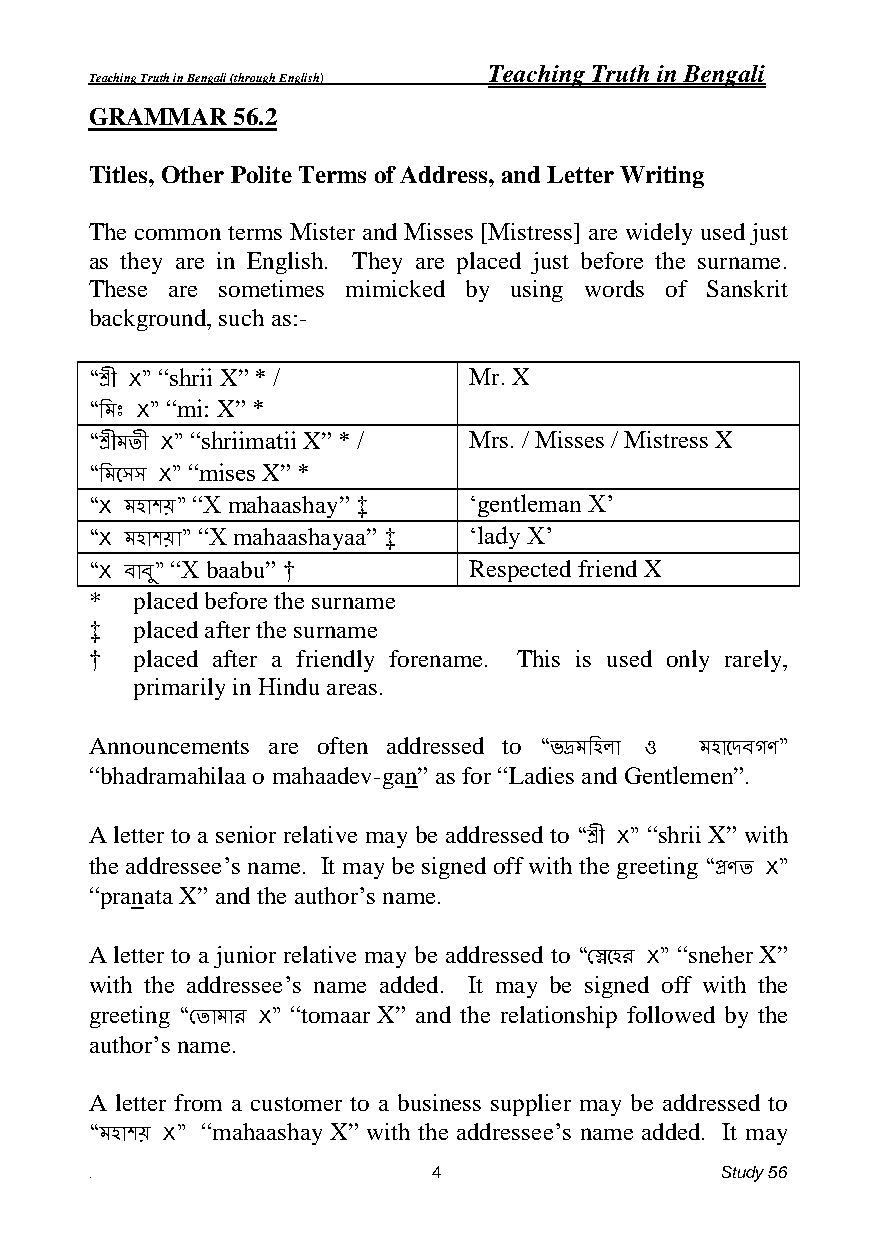
Teaching Truth in Bengali
 Teaching Truth in Bengali (through English)
 GRAMMAR  56.2
 Titles, Other Polite Terms of Address, and Letter Writing
 The common terms Mister and Misses [Mistress] are widely used just
 as they are in English. They are placed just before the surname.
 These are sometimes mimicked by using words of Sanskrit
 background, such as:-
 “shrii X” * /        Mr. X
 “শ্রী X”
 “mi: X” *
 “িেিঃ X”
 “shriimatii X” * / Mrs. / Misses / Mistress X
 “শ্রীেতী X”
 “mises X” *
 “িেলেে X”
 “X mahaashay” ‡   ‘gentleman X’
 “X েহাশে”
 “X mahaashayaa” ‡ ‘lady X’
 “X েহাশো”
 “X baabu” †         Respected friend X
 “X া ”ু
 *  placed before the surname
 ‡  placed after the surname
 †  placed after a friendly forename. This is used only rarely,
 primarily in Hindu areas.
 Announcements are often addressed to
 “ভদ্রেিহো ও েহালে গণ”
 “bhadramahilaa o mahaadev-gan” as for “Ladies and Gentlemen”.
 A letter to a senior relative may be addressed to “shrii X” with
 “শ্রী X”
 the addressee’s name. It may be signed off with the greeting
 “প্রণত X”
 “pranata X” and the author’s name.
 A letter to a junior relative may be addressed to “sneher X”
 “ছেলহর X”
 with the addressee’s name added. It may be signed off with the
 greeting     “tomaar X” and the relationship followed by the
 “ছতাোর X”
 author’s name.
 A letter from a customer to a business supplier may be addressed to
 “mahaashay X” with the addressee’s name added. It may
 “েহাশে X”
 .                      4                  Study 56